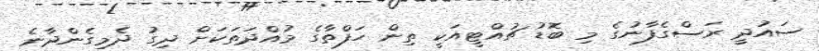
ސައުދީ ރަސްގެފާނުގެ މި ބޮޑު ޗުއްޓީއަކީ ތިން ހަފްތާގެ މުއްދަތަކަށް ދިގު ދެމިގެންދާނެ